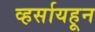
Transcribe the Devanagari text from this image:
व्हर्सायहून